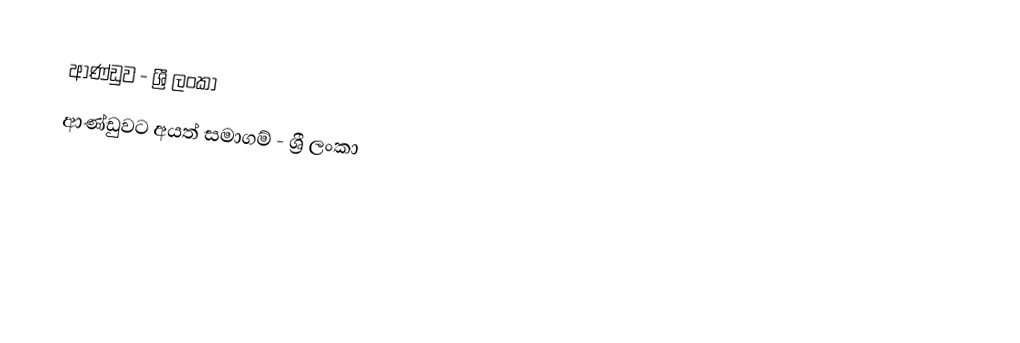
ආණ්ඩුව - ශ්‍රී ලංකා
ආණ්ඩුවට අයත් සමාගම් - ශ්‍රී ලංකා